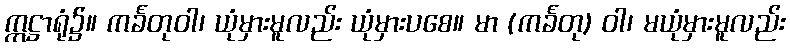
ဣဋ္ဌာရုံ၌။ ကင်္ခတုဝါ၊ ယုံမှားမူလည်း ယုံမှားပစေ။ မာ (ကင်္ခတု) ဝါ၊ မယုံမှားမူလည်း